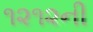
૧૨૧૨ની